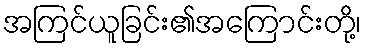
အကြင်ယူခြင်း၏အကြောင်းတို့၊